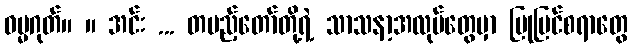
ဓမ္မဂုတ်။ ။ အင်း ... တပည့်တော်တို့ရဲ့ သာသနာ့အလုပ်တွေမှာ ပြုပြင်စရာတွေ